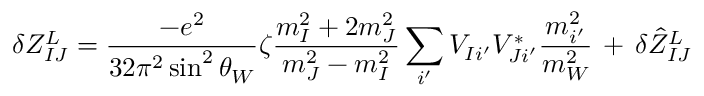
\delta Z _ { I J } ^ { L } = \frac { - e ^ { 2 } } { 3 2 \pi ^ { 2 } \sin ^ { 2 } \theta _ { W } } \zeta \frac { m _ { I } ^ { 2 } + 2 m _ { J } ^ { 2 } } { m _ { J } ^ { 2 } - m _ { I } ^ { 2 } } \sum _ { i ^ { \prime } } V _ { I i ^ { \prime } } V _ { J i ^ { \prime } } ^ { * } \frac { m _ { i ^ { \prime } } ^ { 2 } } { m _ { W } ^ { 2 } } \, + \, \delta \hat { Z } _ { I J } ^ { L }